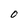
Character: O